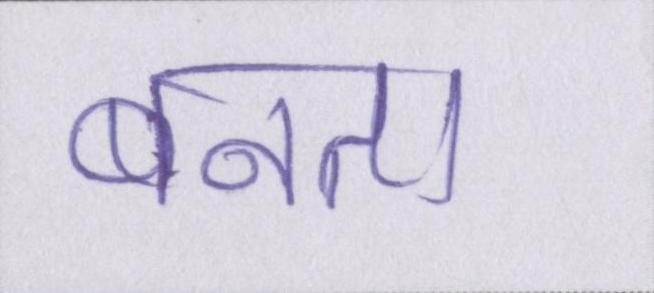
बनता